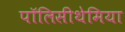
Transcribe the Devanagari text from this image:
पॉलिसीथेमिया